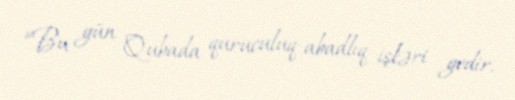
“Bu gün Qubada quruculuq-abadlıq işləri gedir.